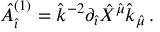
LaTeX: { \hat { A } } _ { \hat { \imath } } ^ { ( 1 ) } = { \hat { k } } ^ { - 2 } \partial _ { \hat { \imath } } { \hat { X } } ^ { { \hat { \mu } } } { \hat { k } } _ { \hat { \mu } } \, .